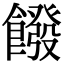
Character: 𩞽